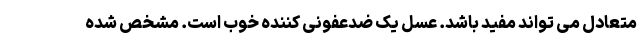
متعادل می تواند مفید باشد. عسل یک ضدعفونی کننده خوب است. مشخص شده